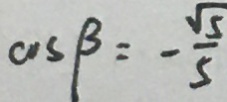
\cos \beta = - \frac { \sqrt { 5 } } { 5 }